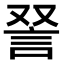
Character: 𫌵